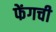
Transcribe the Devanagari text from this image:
फेंगची